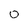
Character: 0